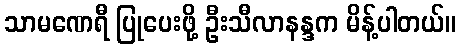
သာမဏေရီ ပြုပေးဖို့ ဦးသီလာနန္ဒက မိန့်ပါတယ်။